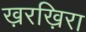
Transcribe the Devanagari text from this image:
ख़रख़िरा